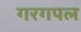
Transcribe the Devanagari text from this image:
गरगपल